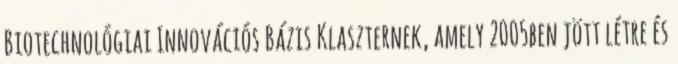
Biotechnológiai Innovációs Bázis Klaszternek, amely 2005ben jött létre és